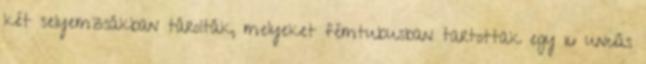
két selyemzsákban tárolták, melyeket fémtubusban tartottak egy 16 unciás